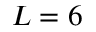
L = 6